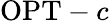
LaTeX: \mathrm{OPT}-c